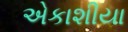
એકાશીયા